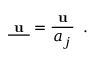
\underline { { \textbf { u } } } = \frac { \textbf { u } } { a _ { j } } \, \mathrm { ~ . ~ }